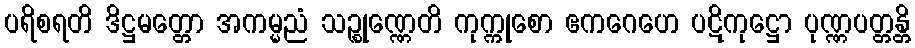
ပရိစရတိ ဒိဋ္ဌမတ္တော အကမ္မညံ သဉ္စုဏ္ဏေတိ ကုက္ကုစော ဧကဂေဟေ ပဋိကုဋ္ဌော ပုဏ္ဏပတ္တန္တိ